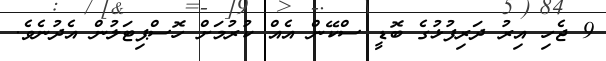
9 ޖެހި އިރު ދަރިފުޅުގެ ބޮޑީ ސްކޭން އެއް ކުރުމަށް ހޮސްޕިޓަލުން އެދުނެވެ.